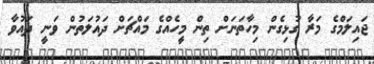
ޖައިލަމްގެ މަރާ ގުޅިގެން މިހާތަނަށް ތިން މީހެއްގެ މައްޗަށް ދައުލަތުން ވަނީ ދައުވާ